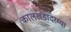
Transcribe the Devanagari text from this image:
कालखंडादरम्या